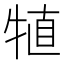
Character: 犆